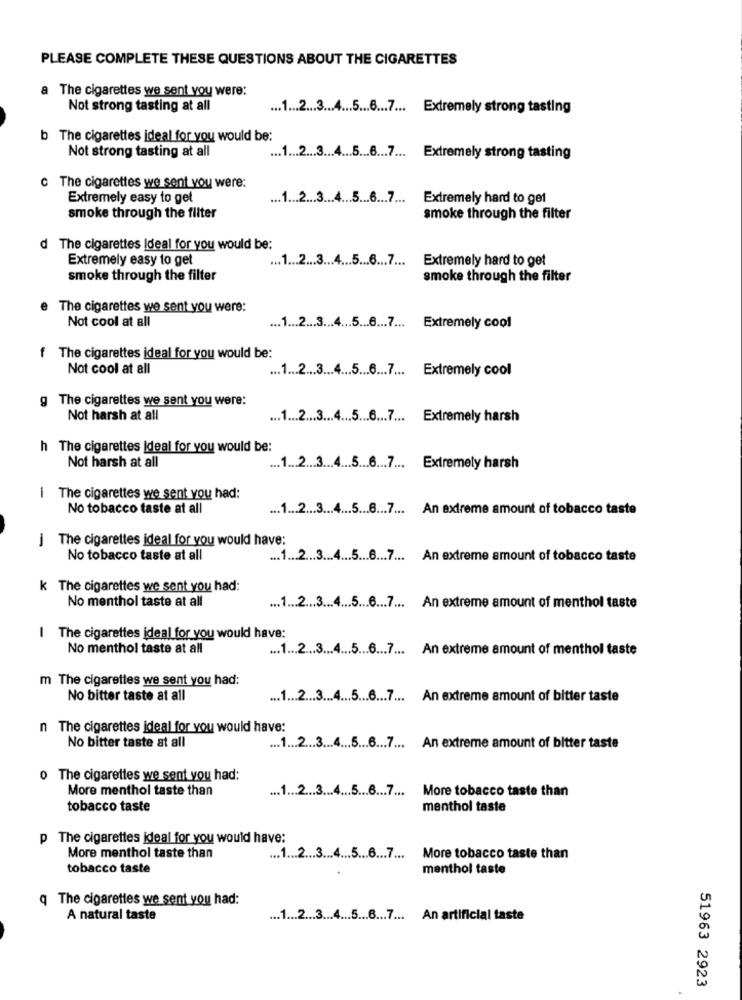
PLEASE COMPLETE THESE QUESTIONS ABOUT THE CIGARETTES
a The cigarettes we sent you were:
Not strong tasting at all
... 1 ... 2 ... 3 ... 4 ... 5 ....... 7 ... Extremely strong tasting
b The cigarettes ideal for you would be:
Not strong tasting at all
... 1 ... 2 ... 3 ... 4 ........... 7 ... Extremely strong tasting
c The cigarettes we sent you were:
Extremely easy to get
... 1 ... 2 ... 3 ... 4 ....... 6 ... 7 ...
Extremely hard to get
smoke through the filter
smoke through the filter
d The cigarettes Ideal for you would be:
Extremely easy to get
.. 1 ... 2 ... 3 ... 4 ... 5 ... 6 ... 7 ... Extremely hard to get
smoke through the filter
smoke through the filter
e The cigarettes we sent you were:
Not cool at all
... 1 ... 2 ... 3 ... 4 ... 5 ....... 7 ... Extremely cool
f The cigarettes ideal for you would be:
Not cool at all
... 1 ... 2 ... 3 ... 4 ... 5 ... 6 ... 7 ... Extremely cool
g The cigarettes we sent you were:
Not harsh at all
... 1 ... 2 ... 3 ... 4 ... 5 ....... 7 ... Extremely harsh
h The cigarettes Ideal for you would be:
Not harsh at all
.. 1 ... 2 ... 3 ... 4 ....... 6 ... 7 ... Extremely harsh
i The cigarettes we sent you had:
No tobacco taste at all
.. 1 ... 2 ... 3 ... 4 ... 5 ...... 7 ... An extreme amount of tobacco taste
j The cigarettes ideal for you would have:
No tobacco taste at all
... 1 ... 2 ... 3 ... 4 ... 5 ....... 7 ... An extreme amount of tobacco taste
k The cigarettes we sent you had:
No menthol taste at all
... 1 ... 2 ... 3 ... 4 ... 5 ... 6 ....... An extreme amount of menthol taste
| The cigarettes ideal for you would have:
No menthol taste at all
... 1 ... 2 ... 3 ... 4 ... 5 .......... An extreme amount of menthol taste
m The cigarettes we sent you had:
No bitter taste at all
... 1 ... 2 ... 3 ... 4 ... 5 ... 6 ... 7 ... An extreme amount of bitter taste
n The cigarettes ideal for you would have:
No bitter taste at all
... 1 ... 2 ... 3 ... 4 ....... 6 ... 7 ... An extreme amount of bitter taste
0 The cigarettes we sent you had:
More menthol taste than
.. 1 ... 2 ... 3 ... 4 ........... 7 ... More tobacco taste than
tobacco taste
menthol taste
p The cigarettes ideal for you would have:
More menthol taste than
.. 1 ... 2 ... 3 ... 4 ... 5 ... 6 ... 7 ... More tobacco taste than
tobacco taste
menthol taste
q The cigarettes we sent you had:
A natural taste
... 1 ... 2 ... 3 ... 4 ... 5 ...... 7 ... An artificial taste
51963 2923